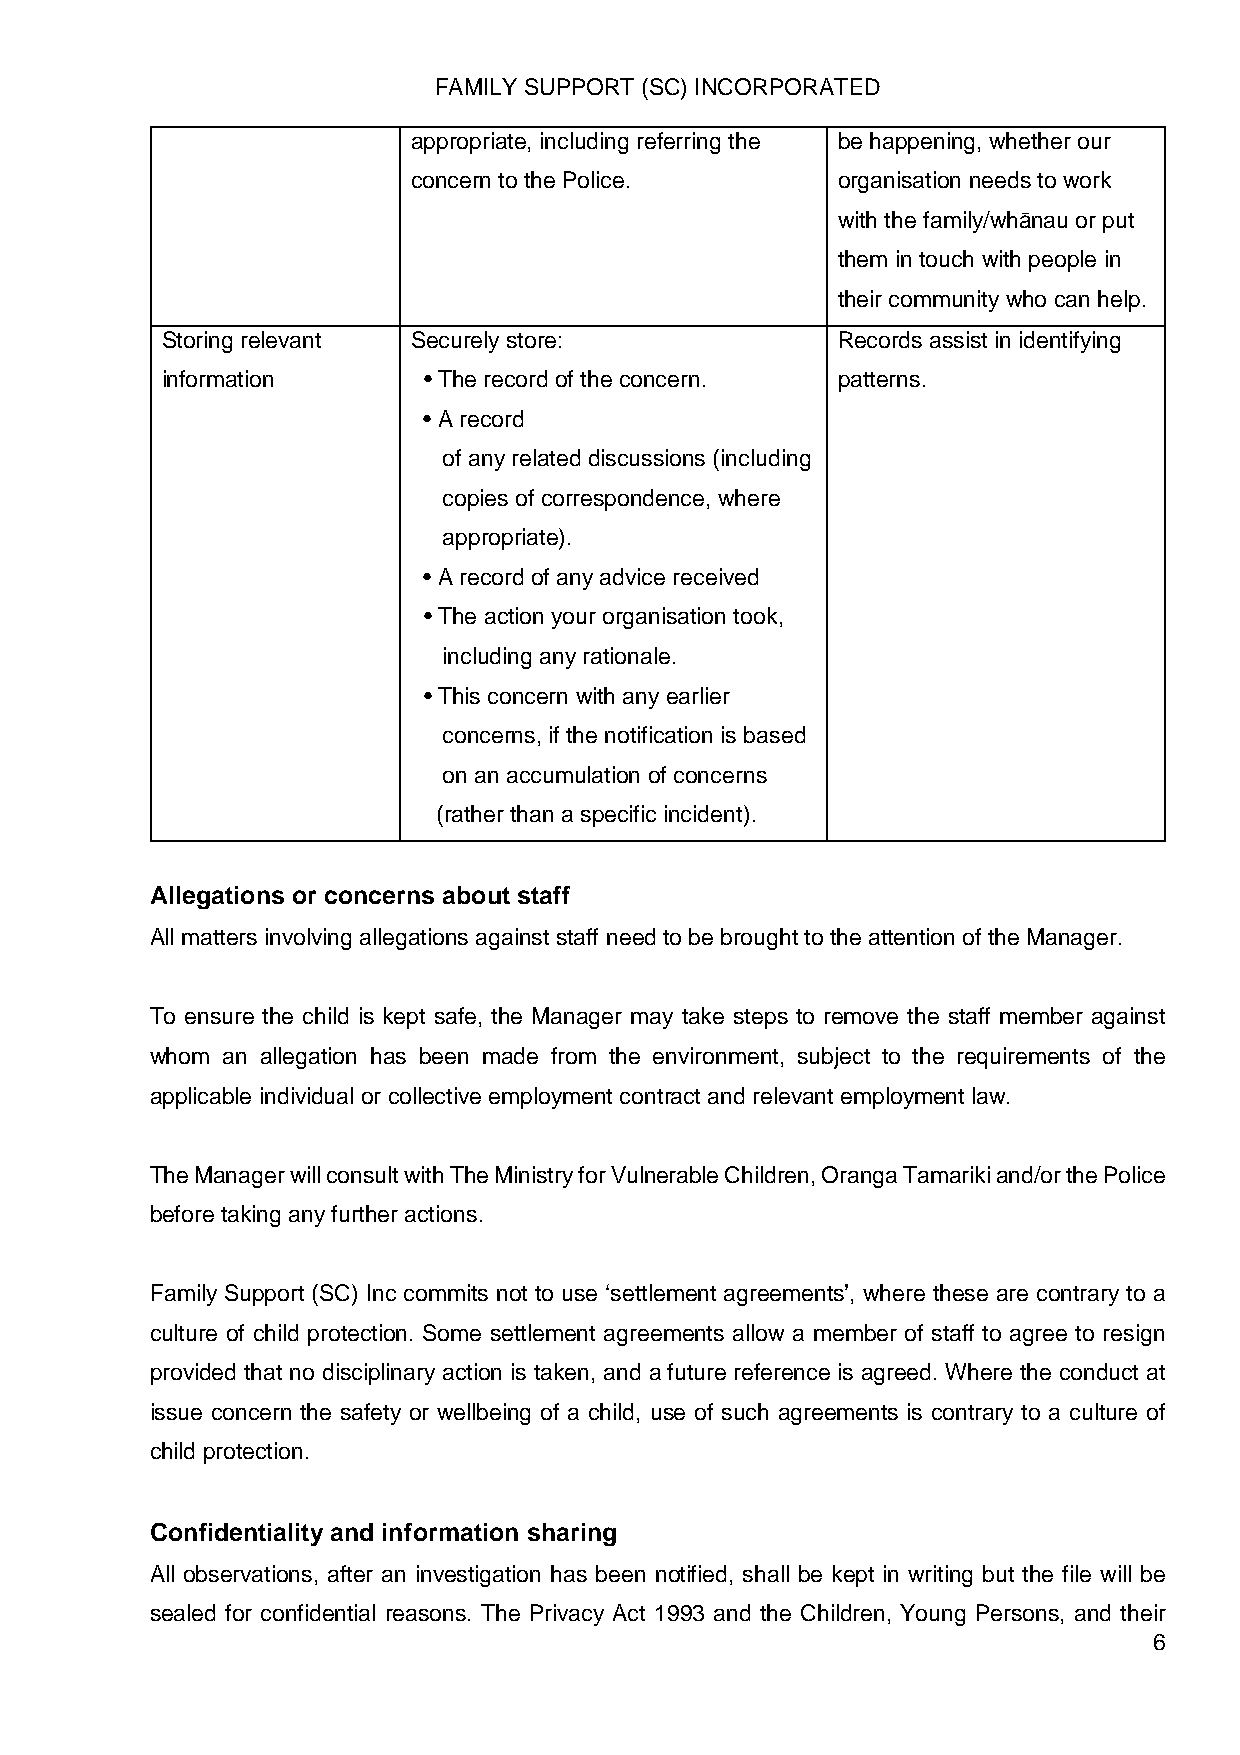
FAMILY SUPPORT (SC) INCORPORATED
 appropriate, including referring the be happening, whether our
 concern to the Police.      organisation needs to work
 with the family/whānau or put
 them in touch with people in
 their community who can help.
 Storing relevant Securely store:            Records assist in identifying
 information      • The record of the concern. patterns.
 • A record
 of any related discussions (including
 copies of correspondence, where
 appropriate).
 • A record of any advice received
 • The action your organisation took,
 including any rationale.
 • This concern with any earlier
 concerns, if the notification is based
 on an accumulation of concerns
 (rather than a specific incident).
 Allegations or concerns about staff
 All matters involving allegations against staff need to be brought to the attention of the Manager.
 To ensure the child is kept safe, the Manager may take steps to remove the staff member against
 whom an allegation has been made from the environment, subject to the requirements of the
 applicable individual or collective employment contract and relevant employment law.
 The Manager will consult with The Ministry for Vulnerable Children, Oranga Tamariki and/or the Police
 before taking any further actions.
 Family Support (SC) Inc commits not to use ‘settlement agreements’, where these are contrary to a
 culture of child protection. Some settlement agreements allow a member of staff to agree to resign
 provided that no disciplinary action is taken, and a future reference is agreed. Where the conduct at
 issue concern the safety or wellbeing of a child, use of such agreements is contrary to a culture of
 child protection.
 Confidentiality and information sharing
 All observations, after an investigation has been notified, shall be kept in writing but the file will be
 sealed for confidential reasons. The Privacy Act 1993 and the Children, Young Persons, and their
 6